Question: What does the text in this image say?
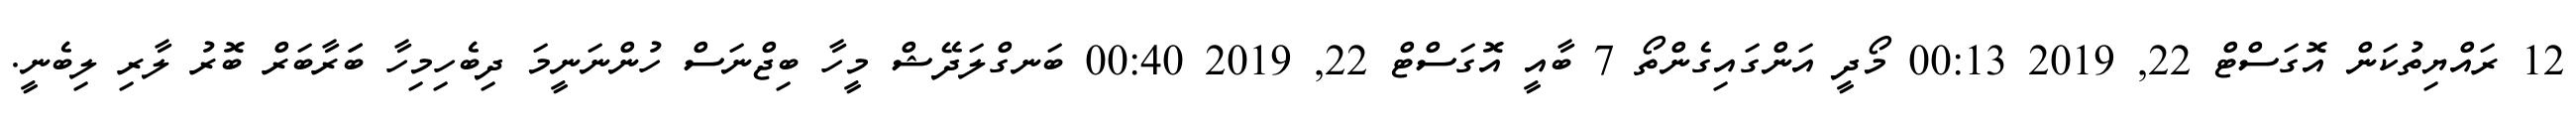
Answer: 12 ރައްޔިތުކަން އޮގަސްޓް 22, 2019 00:13 މޯދީ އަންގައިގެންތޯ 7 ބާއީ އޮގަސްޓް 22, 2019 00:40 ބަނގްލަދޭޝް މީހާ ބިޖްނަސް ހުންނަނީމަ ދިބެހިމިހާ ބަަރާބަރް ބޮރު ލާރި ލިބެނީ.